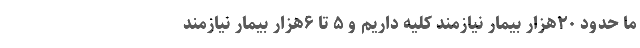
ما حدود ۲۰‌هزار بیمار نیازمند کلیه داریم و ۵ تا ۶‌هزار بیمار نیازمند